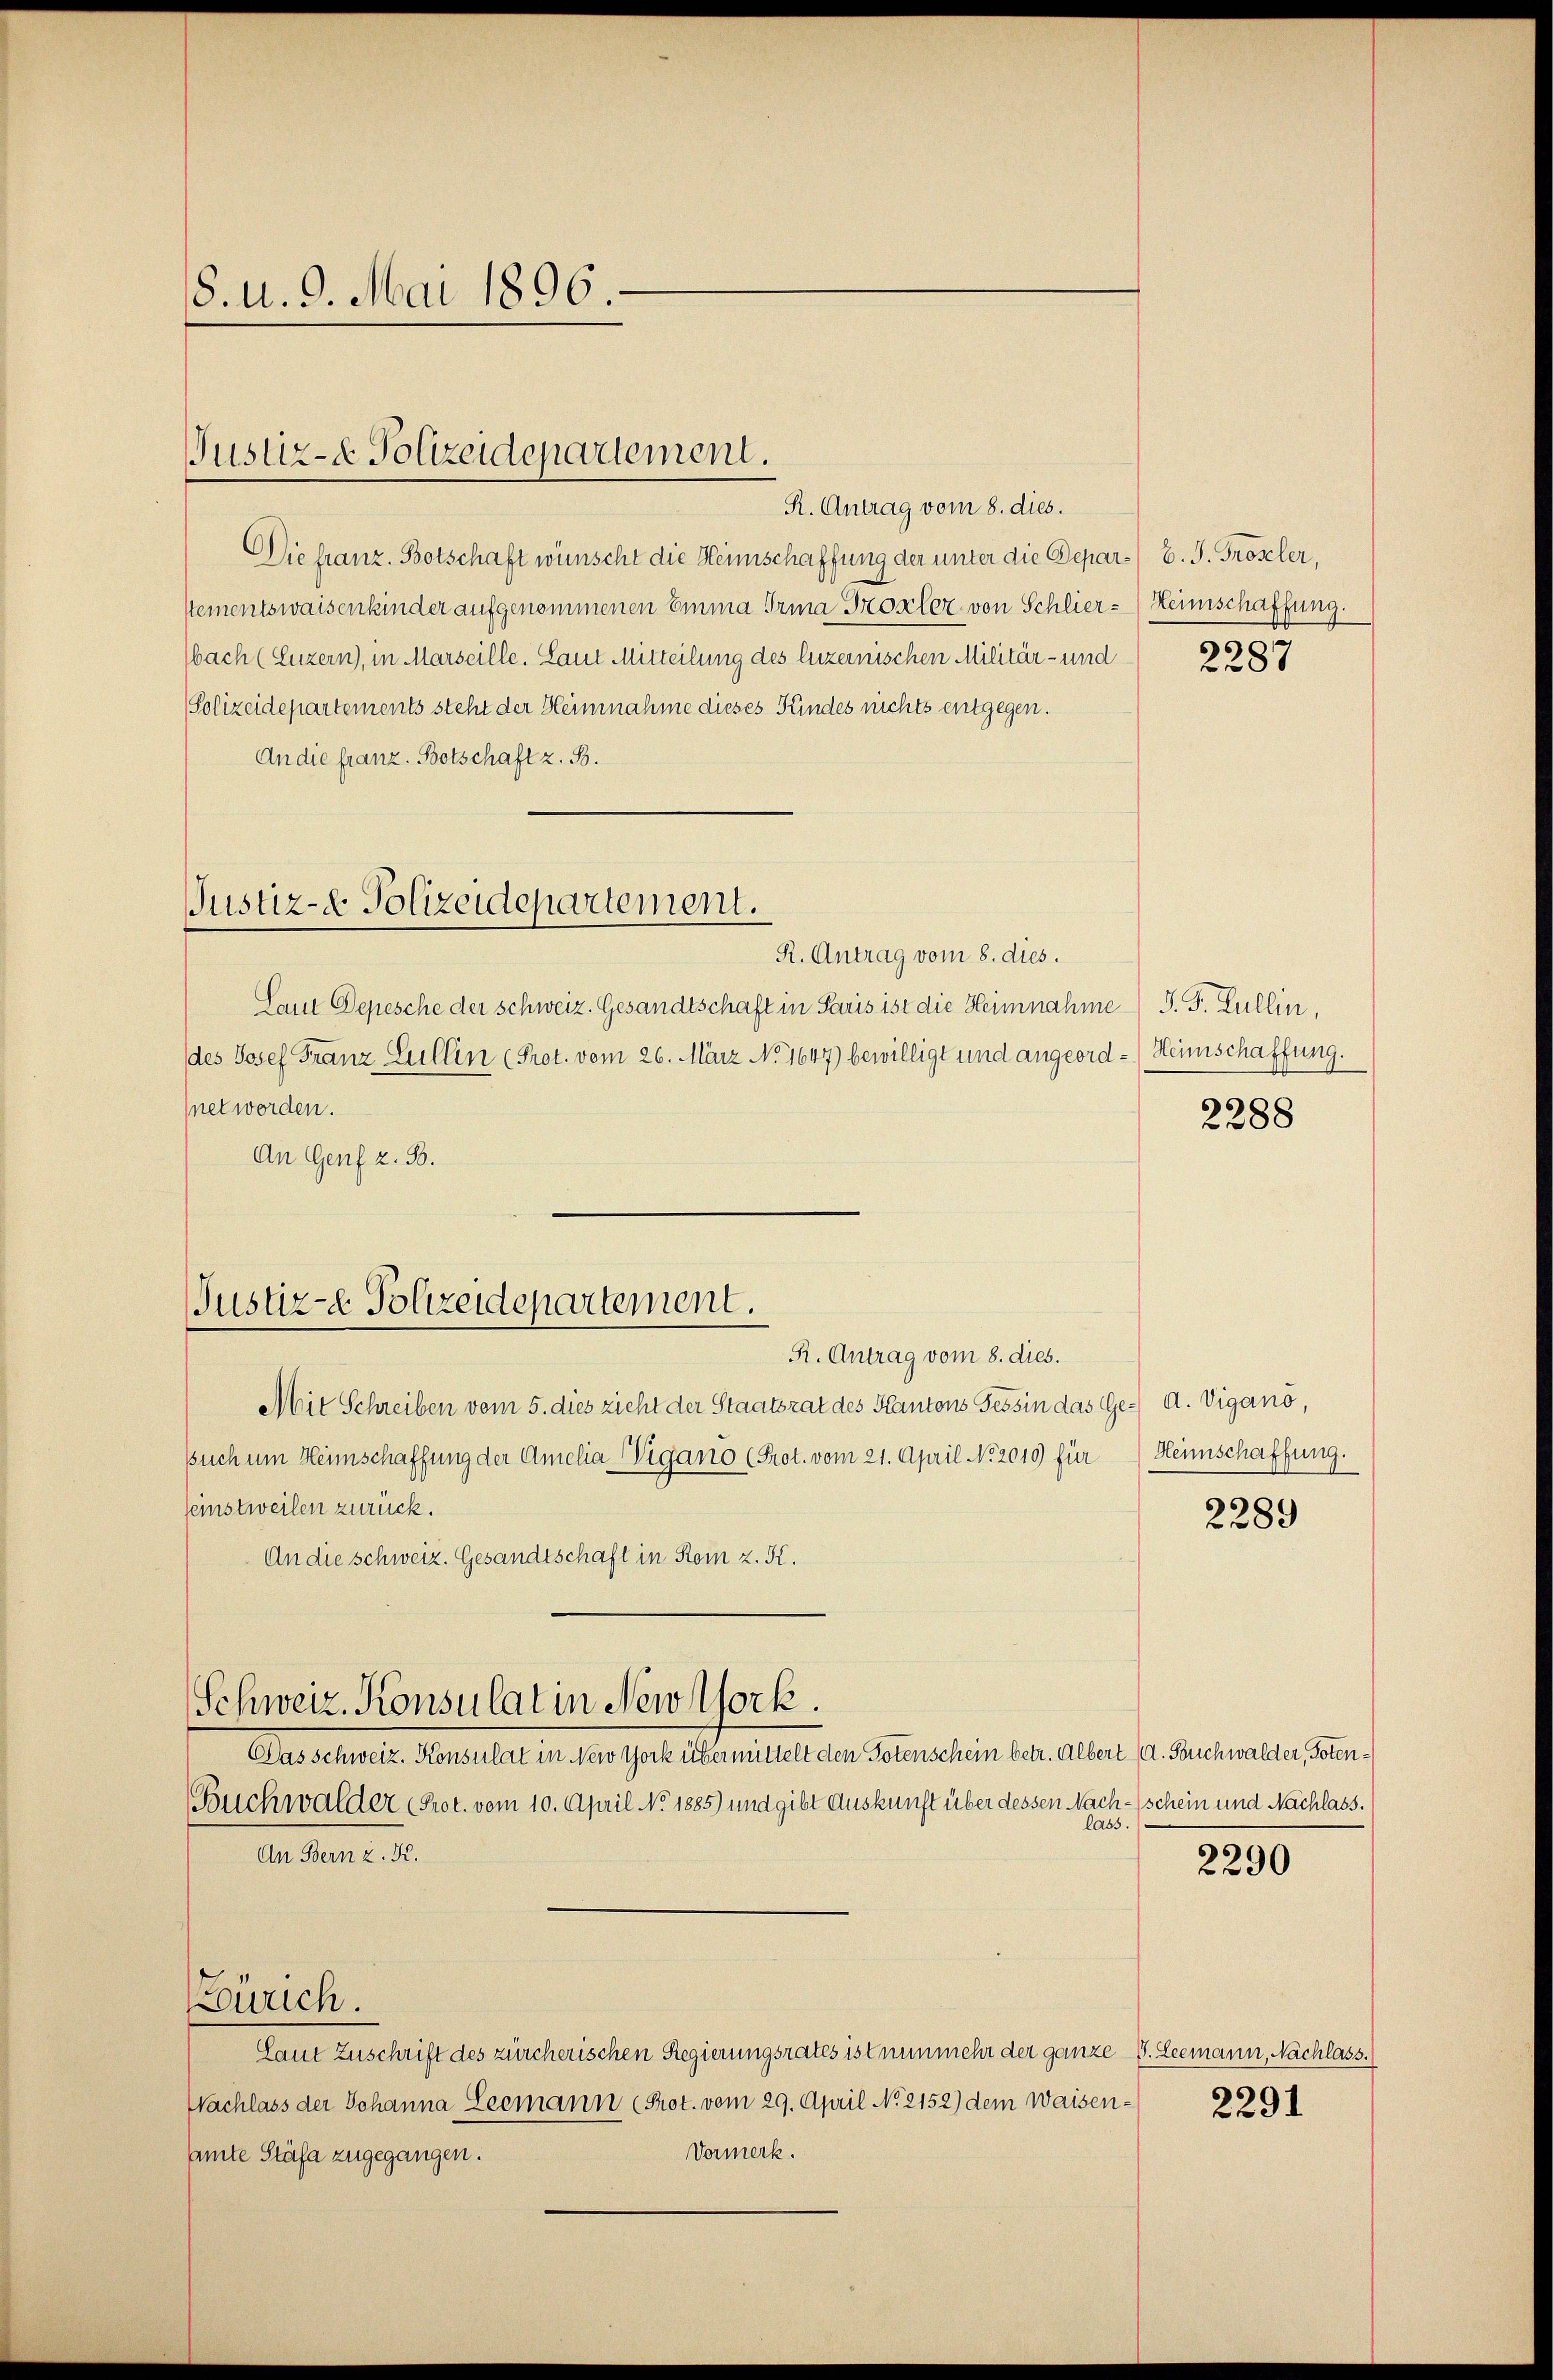
8. u. 9. Mai 1896.

Justiz- & Polizeidepartement.

R. Antrag vom 8. dies.
Die franz. Botschaft wünscht die Heimschaffung der unter die Depar-/ B. J. Gröseler,
stementswaisenkinder aufgenommenen Emma Trina Trostler von Schlier-Heimschaffung.
bach (Luzern), in Marseille. Laut Mitteilung des luzernischen Militär- und
Polizeidepartements steht der Heinnahme dieses Kindes nichts entgegen.
An die franz. Botschaft z. B.
R. Antrag vom 8. dies.
Laut Depesche der Schweiz. Gesandtschaft in Paris ist die Heimnahme S. P. Lullin,
des Josef Franz Lullin (Prot. vom 26. März No. 1647) bewilligt und angeord-Heimschaffung.
net worden.
An Genf z. B.
R. Antrag vom 8. dies.
Mit Schreiben vom 5. dies zieht der Staatsrat des Kantons Tessin das Ge- A. Vigano,
such um Heimschaffung der Amelia Wigano (Prot. vom 21. April No 2010) für
seinstweilen zurück.
An die schweiz. Gesandtschaft in Rom z. K.
Schweiz. Konsulat in Newtork.
Das schweiz. Konsulat in New York übermittelt den Totenschein betr. Albert (d. Suchwalder, Poten¬
Buchwalder Prot. vom 10. April No 1885) und gibt Auskunft über dessen Nach-(schein und Nachlass.
lass.
An Bern z. K.
Zürich.
Laut Zuschrift des zürcherischen Regierungsrates ist nunmehr der ganze S. Leemann, Nachlass.
Nachlass der Johanna Leemann (Prot. vom 29. April N. 2152) dem Waisen¬
Vormerk.
samte Stäfa zugegangen.

Justiz- & Polizeidepartement.

Justiz-e Polizeidepartement.

5
2287

2288

Heimschaffung.

2289

2290

2291